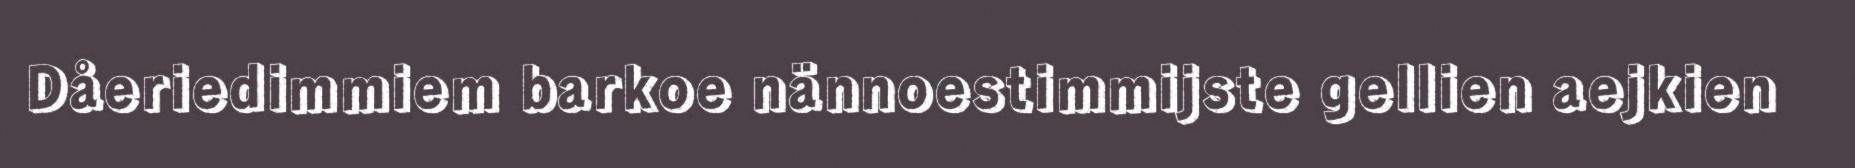
Dåeriedimmiem barkoe nännoestimmijste gellien aejkien